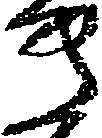
き